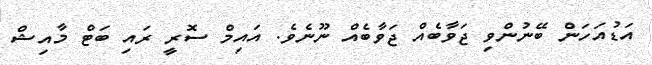
އަޑުއަހަން ބޭނުންވި ޖަވާބެއް ޖަވާބެއް ނޫނެވެ. އައިމް ސޮރީ ރައި ބަޓް މާއިޝް